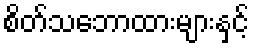
စိတ်သဘောထားများနှင့်